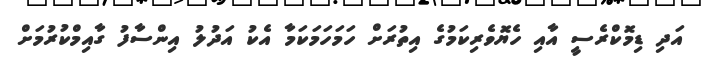
އަދި ޑިމޮކްރެސީ އާއި ހެޔޮވެރިކަމުގެ އިތުރަށް ހަމަހަމަކަމާ އެކު އަދުލު އިންސާފު ގާއިމްކުރުމަށް